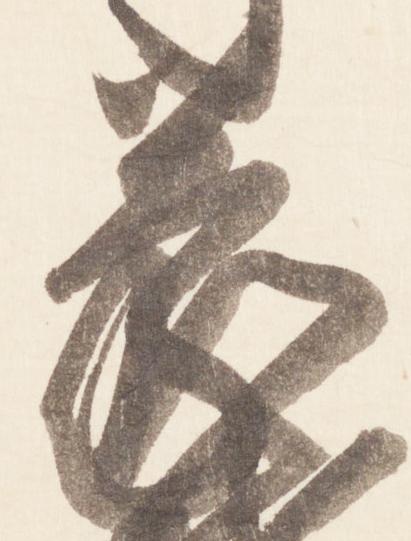
蒙